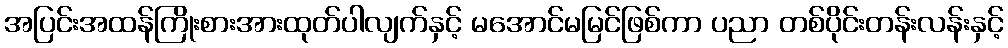
အပြင်းအထန်ကြိုးစားအားထုတ်ပါလျက်နှင့် မအောင်မမြင်ဖြစ်ကာ ပညာ တစ်ပိုင်းတန်းလန်းနှင့်